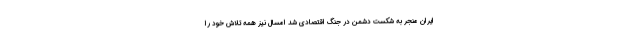
ایران منجر به شکست دشمن در جنگ اقتصادی شد امسال نیز همه تلاش خود را